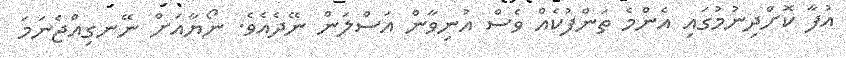
އުފާ ކޮށްދިނުމުގައި އެންމެ ތަންފުކެއް ވެސް އުނިވާން އަސްލަން ނޭދެއެވެ. ނޯޔާއަށް ނޭނގިއްޖެނަމަ